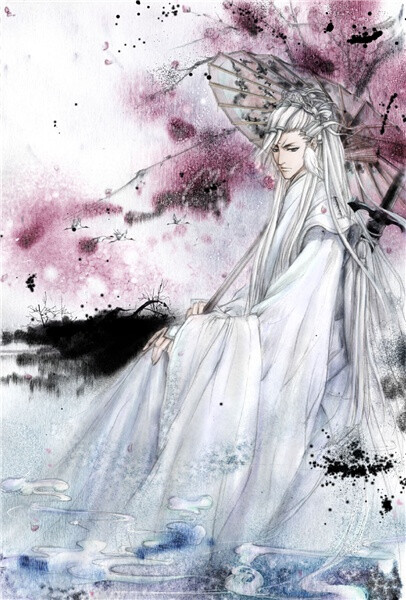
留连光景惜朱颜，黄昏独倚阑。